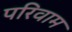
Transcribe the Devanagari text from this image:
परिवाम